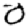
Digit: 0